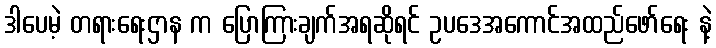
ဒါပေမဲ့ တရားရေးဌာန က ပြောကြားချက်အရဆိုရင် ဥပဒေအကောင်အထည်ဖော်ရေး နဲ့